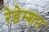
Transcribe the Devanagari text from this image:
रेडेम्शन